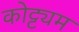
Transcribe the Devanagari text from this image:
कोट्ट्यम